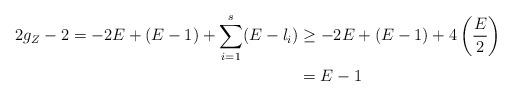
LaTeX: \begin{align*}2g_Z-2 = -2E + (E-1) + \sum_{i=1}^s(E-l_i) &\geq -2E + (E-1) + 4\left(\frac{E}{2}\right) \\ &= E-1 \end{align*}